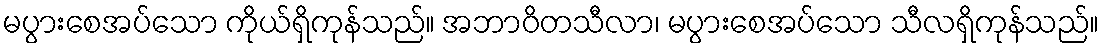
မပွားစေအပ်သော ကိုယ်ရှိကုန်သည်။ အဘာဝိတသီလာ၊ မပွားစေအပ်သော သီလရှိကုန်သည်။